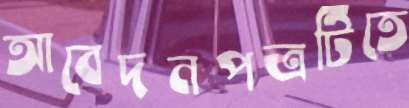
আবেদনপত্রটিতে